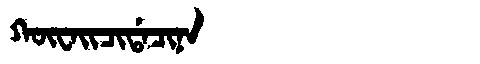
Manchu: ᡴᡡᠸᠠᡳᠴᡳᡩᠠᠴᡳᠨᠠ
Romanization: KŪWAICIDACINA